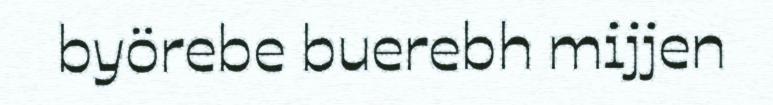
byörebe buerebh mijjen